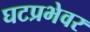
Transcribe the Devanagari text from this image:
घटप्रभेवर